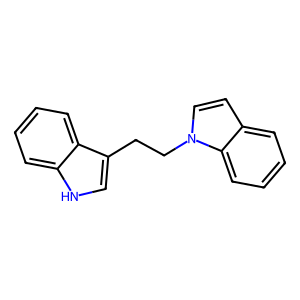
SMILES: c1ccc2c(c1)ccn2CCc1c[nH]c2ccccc12
Inhibits HIV replication: No